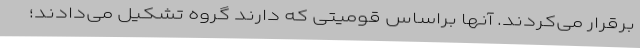
برقرار می‌کردند. آنها براساس قومیتی که دارند گروه تشکیل می‌دادند؛